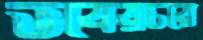
ভবেরচরে